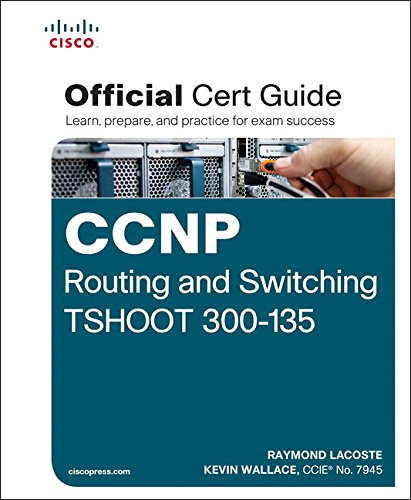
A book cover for CCNP Routing and Switching TSHOOT 300-135 Official Cert Guide; Raymond Lacoste; Computers & Technology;